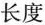
长度